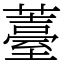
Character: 薹